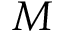
M